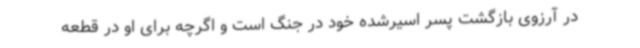
در آرزوی بازگشت پسر اسیرشده خود در جنگ است و اگرچه برای او در قطعه